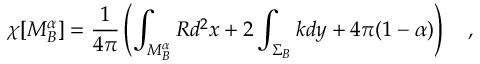
\chi [ M _ { B } ^ { \alpha } ] = { \frac { 1 } { 4 \pi } } \left( \int _ { M _ { B } ^ { \alpha } } R d ^ { 2 } x + 2 \int _ { \Sigma _ { B } } k d y + 4 \pi ( 1 - \alpha ) \right) ~ ~ ~ ,